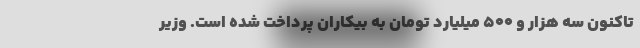
تاکنون سه هزار و ۵۰۰ میلیارد تومان به بیکاران پرداخت شده است. وزیر